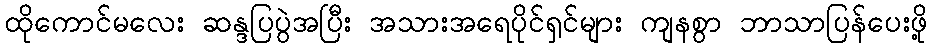
ထိုကောင်မလေး ဆန္ဒပြပွဲအပြီး အသားအရေပိုင်ရှင်များ ကျနစွာ ဘာသာပြန်ပေးဖို့